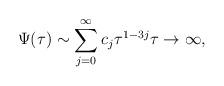
LaTeX: \begin{align*}\Psi(\tau) \sim \sum_{j=0}^{\infty} c_{j} \tau^{1-3j} \tau \to \infty,\end{align*}